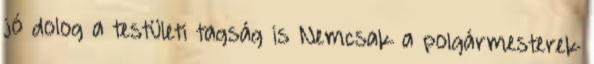
jó dolog a testületi tagság is Nemcsak a polgármesterek